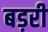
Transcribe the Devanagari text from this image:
बड़री